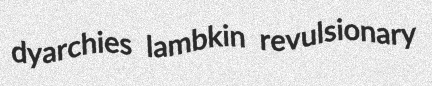
dyarchies lambkin revulsionary